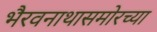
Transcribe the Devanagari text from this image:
भैरवनाथासमोरच्या